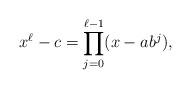
LaTeX: \begin{align*}\displaystyle{x^{\ell}-c=\prod_{j=0}^{\ell-1}(x-ab^j)},\end{align*}